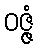
ဝဇ္ဇံ